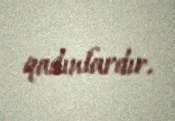
qadınlardır.